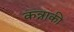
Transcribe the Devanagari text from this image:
कन्नाकी